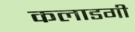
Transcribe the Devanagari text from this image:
कलाडगी